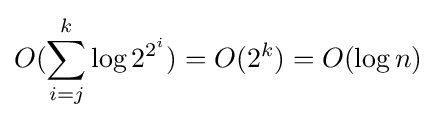
O(\sum _{i=j}^{k}\log 2^{2^{i}})=O(2^{k})=O(\log n)